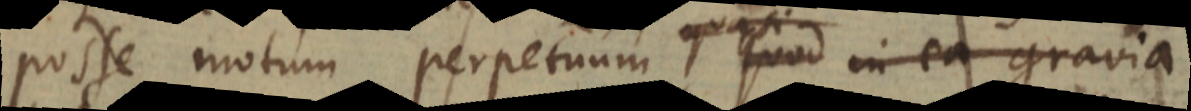
posse motum perpetuum quasi quod in ea gravia